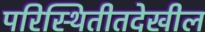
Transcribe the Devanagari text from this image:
परिस्थितीतदेखील